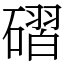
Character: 磖